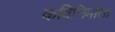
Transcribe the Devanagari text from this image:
कविनिर्माता